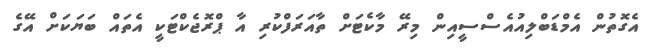
އެގޮތުން އެމްޑަބްލިއުއެސްސީއިން މިރޭ މާކެޓަށް ތާއަރަފްކުރި އާ ޕްރޮޖެކްޓަކީ އެތައް ބަޔަކަށް އޭގެ